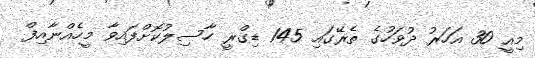
މިއީ 30 އަހަރު ދުވަހުގެ ތެރޭގައި 145 ޑިގްރީ ހާސިލުކޮށްފައިވާ މީހެއްނާއިފް